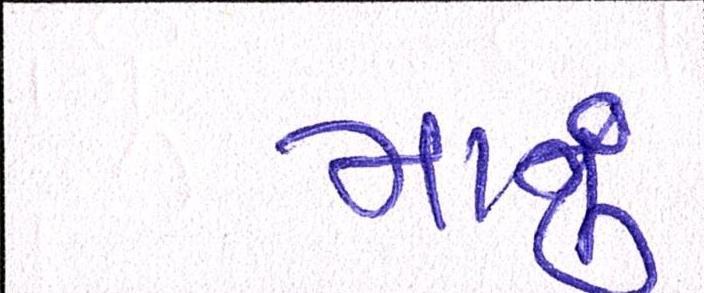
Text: માનું